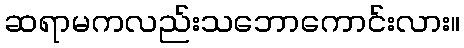
ဆရာမကလည်းသဘောကောင်းလား။